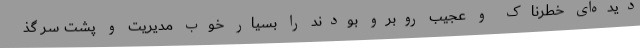
دیده‌ای خطرناک و عجیب روبرو بودند را بسیار خوب مدیریت و پشت سر گذ